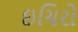
ઇચિરો